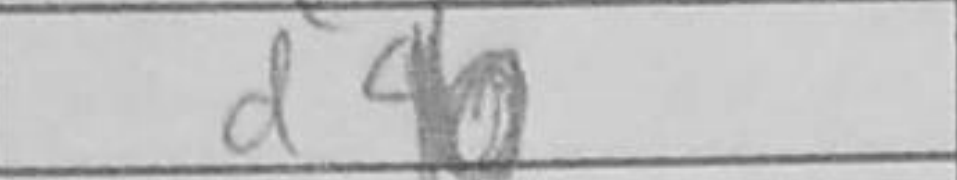
Transcription: d6